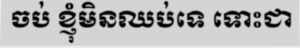
ចប់ ខ្ញុំមិនឈប់ទេ ទោះជា